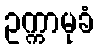
ဥက္ကာမုခံ